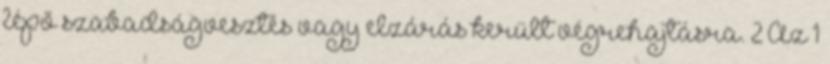
lépő szabadságvesztés vagy elzárás került végrehajtásra. 2 Az 1